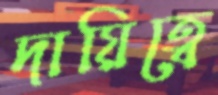
দায়িত্বে